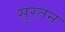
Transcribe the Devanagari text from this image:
सुरतन